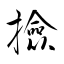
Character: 撿